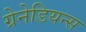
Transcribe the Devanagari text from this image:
ग्रेनेडियन्स